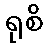
ရုစိ